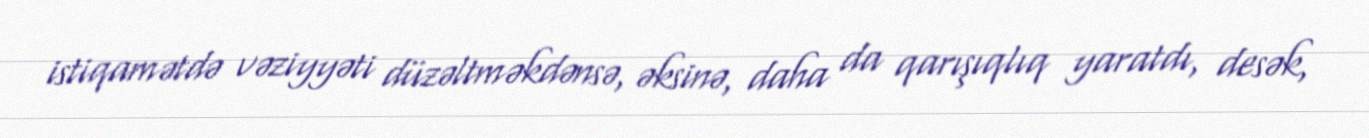
istiqamətdə vəziyyəti düzəltməkdənsə, əksinə, daha da qarışıqlıq yaratdı, desək,